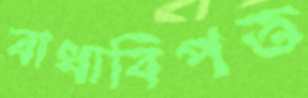
বাধাবিপত্ত